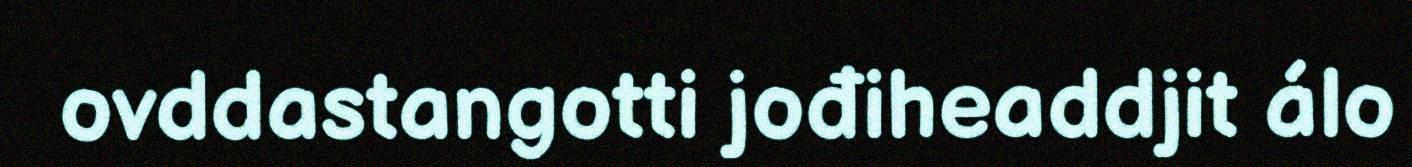
ovddastangotti jođiheaddjit álo